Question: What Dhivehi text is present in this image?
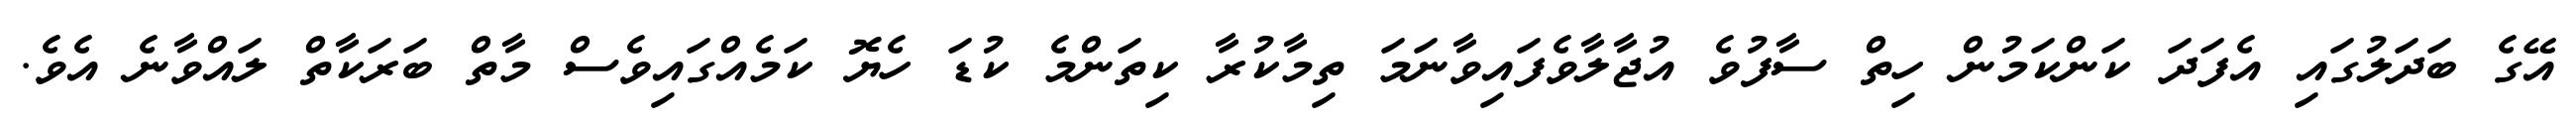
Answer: އޭގެ ބަދަލުގައި އެފަދަ ކަންކަމުން ހިތް ސާފުވެ އުޖާލާވެފައިވާނަމަ ތިމާކުރާ ކިތަންމެ ކުޑަ ހެޔޮ ކަމެއްގައިވެސް މާތް ބަރަކާތް ލައްވާނެ އެވެ.